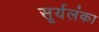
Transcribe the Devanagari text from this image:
सूर्यलंका